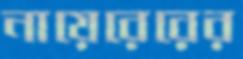
নায়েরেরের